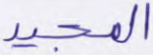
المجيد